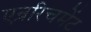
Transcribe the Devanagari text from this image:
एन्ररिचमेंट